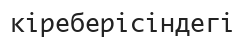
кіреберісіндегі